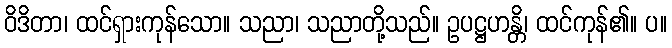
ဝိဒိတာ၊ ထင်ရှားကုန်သော။ သညာ၊ သညာတို့သည်။ ဥပဋ္ဌဟန္တိ၊ ထင်ကုန်၏။ ပ။